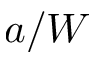
a / W